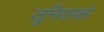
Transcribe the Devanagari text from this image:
जूनियरको